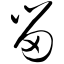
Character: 甾